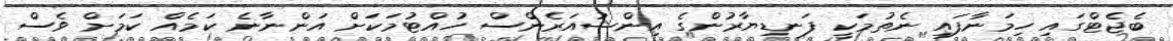
ބެޖެޓްގައި ހިމަނާފައި ނެތުމަކީ ފަނޑިޔާރުންގެ އިންޝުއަރެންސް ހުއްޓުމަކަށް އަންނާނެ ކަމެއް ކަމަށް ވެސް